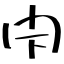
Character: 閇